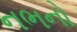
નભનો